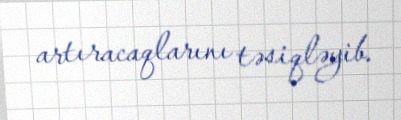
artıracaqlarını təsiqləyib.